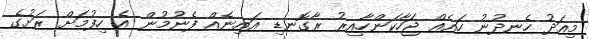
މިއަދު ހެނދުނު ހައެއް ޖަހާކަންހާއިރު ރާގޮނޑި އައިނެއް ފެނުމުން އެ ހިފުމަށް ރަށުގެ